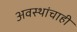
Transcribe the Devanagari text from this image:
अवस्थांचाही